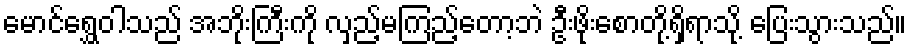
မောင်ရွှေဝါသည် အဘိုးကြီးကို လှည့်မကြည့်တော့ဘဲ ဦးဖိုးစောတို့ရှိရာသို့ ပြေးသွားသည်။